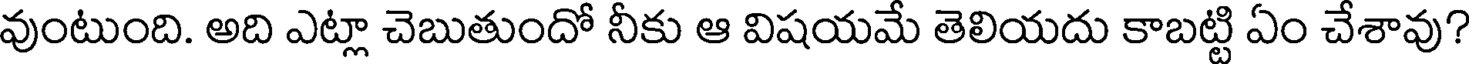
వుంటుంది. అది ఎట్లా చెబుతుందో నీకు ఆ విషయమే తెలియదు కాబట్టి ఏం చేశావు?